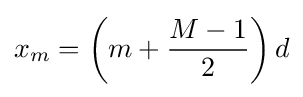
x_{m}=\left(m+{\frac {M-1}{2}}\right)d